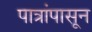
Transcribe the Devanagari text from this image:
पात्रांपासून